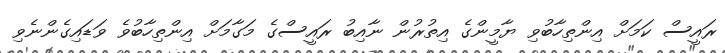
ރައީސް ކަމަށް އިންތިހާބުވި ޔާމީންގެ އިތުރުން ނާއިބު ރައީސްގެ މަގާމަށް އިންތިހާބުވެ ވަޑައިގެންނެވި